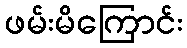
ဖမ်းမိကြောင်း